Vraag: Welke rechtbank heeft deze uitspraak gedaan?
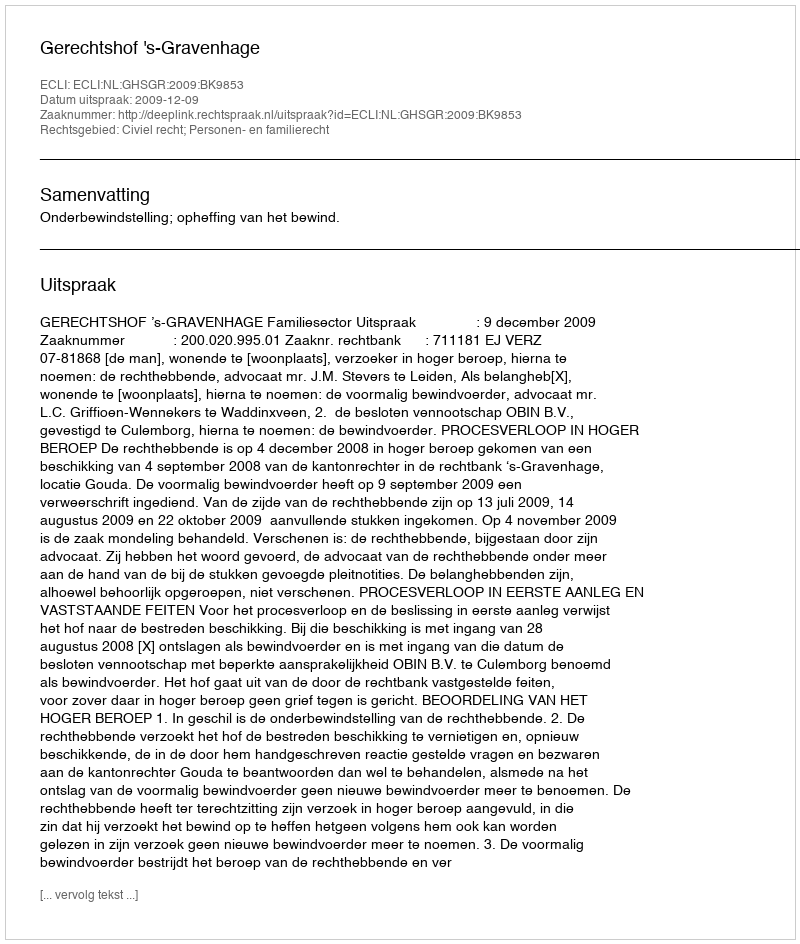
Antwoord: Gerechtshof 's-Gravenhage